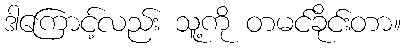
ဒါကြောင့်လည်း သူ့ကို တမင်ခိုင်းတာ။